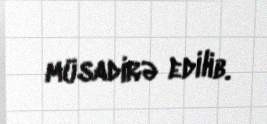
müsadirə edilib.